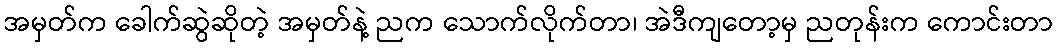
အမှတ်က ခေါက်ဆွဲဆိုတဲ့ အမှတ်နဲ့ ညက သောက်လိုက်တာ၊ အဲဒီကျတော့မှ ညတုန်းက ကောင်းတာ